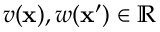
v ( \mathbf { x } ) , w ( \mathbf { x } ^ { \prime } ) \in \mathbb { R }